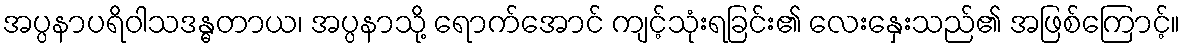
အပ္ပနာပရိဝါသဒန္ဓတာယ၊ အပ္ပနာသို့ ရောက်အောင် ကျင့်သုံးရခြင်း၏ လေးနှေးသည်၏ အဖြစ်ကြောင့်။